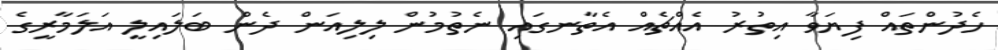
ހެދުންތައް ފިޔަވާ އިތުރު އެއްޗެއް އެތާނގައި ނެތުމުން ލިލިއަން ދެން ބަލައިލީ އަލަމާރީގެ